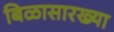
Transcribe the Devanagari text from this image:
बिळासारख्या